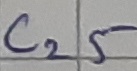
Text: C25